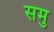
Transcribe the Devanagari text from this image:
समु